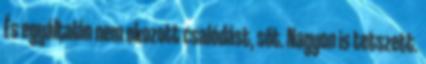
És egyáltalán nem okozott csalódást, sőt. Nagyon is tetszett.